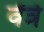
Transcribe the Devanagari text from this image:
वेंत्रे